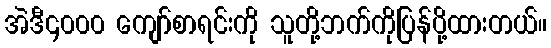
အဲဒီ၄၀၀၀ ကျော်စာရင်းကို သူတို့ဘက်ကိုပြန်ပို့ထားတယ်။